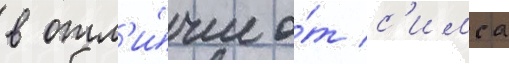
в отл'и́чие о́т с'имса